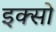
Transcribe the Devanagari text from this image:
इक्सो